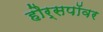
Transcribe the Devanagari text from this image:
हौर्सपॉवर